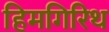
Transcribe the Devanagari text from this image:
हिमगिरिथ